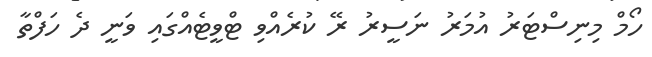
ހޯމް މިނިސްޓަރު އުމަރު ނަސީރު ރޭ ކުރެއްވި ޓްވީޓެއްގައި ވަނީ ދެ ހަފްތާ